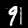
Label: 9